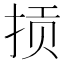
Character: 𫼱